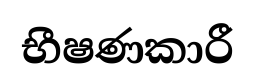
භීෂණකාරී